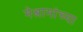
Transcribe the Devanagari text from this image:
मेश्रामांच्या